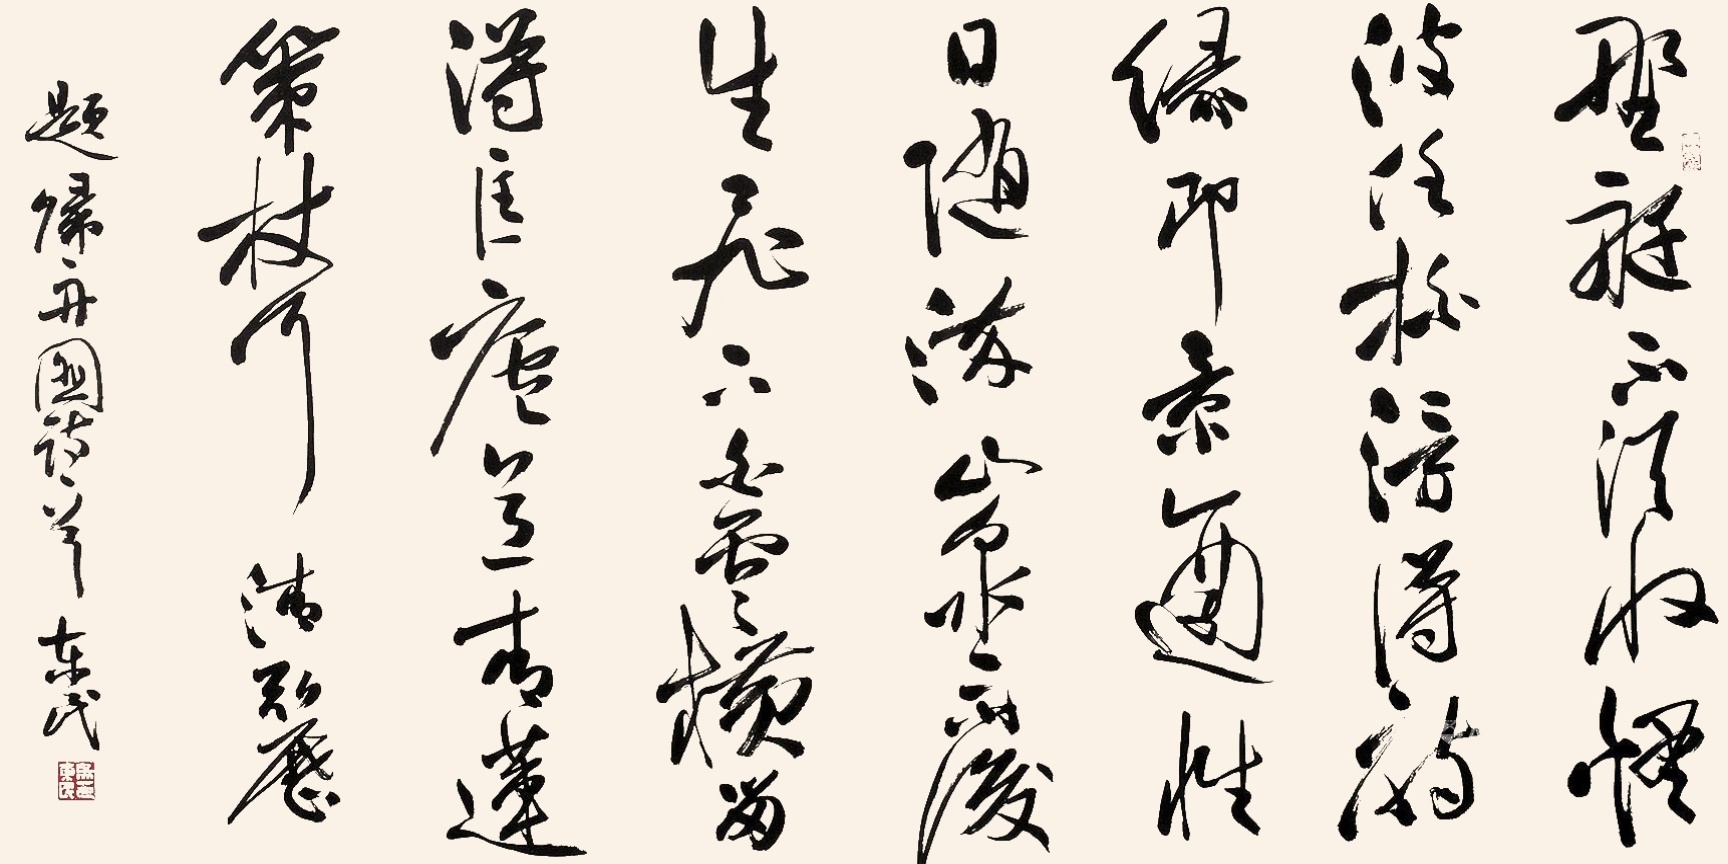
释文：野艇不须收，烟波任拍浮。得诗缘即景，适性且随流。山泉雨后生，飞下白云横。留得匡庐意，青莲策杖行。清弘历题归舟图诗一首，东民。